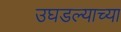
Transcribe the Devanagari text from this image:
उघडल्याच्या